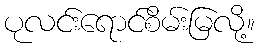
ပုလင်းရောင်စိမ်းမြလို့။